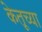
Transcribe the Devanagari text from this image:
केतूच्या